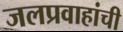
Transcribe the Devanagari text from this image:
जलप्रवाहांची